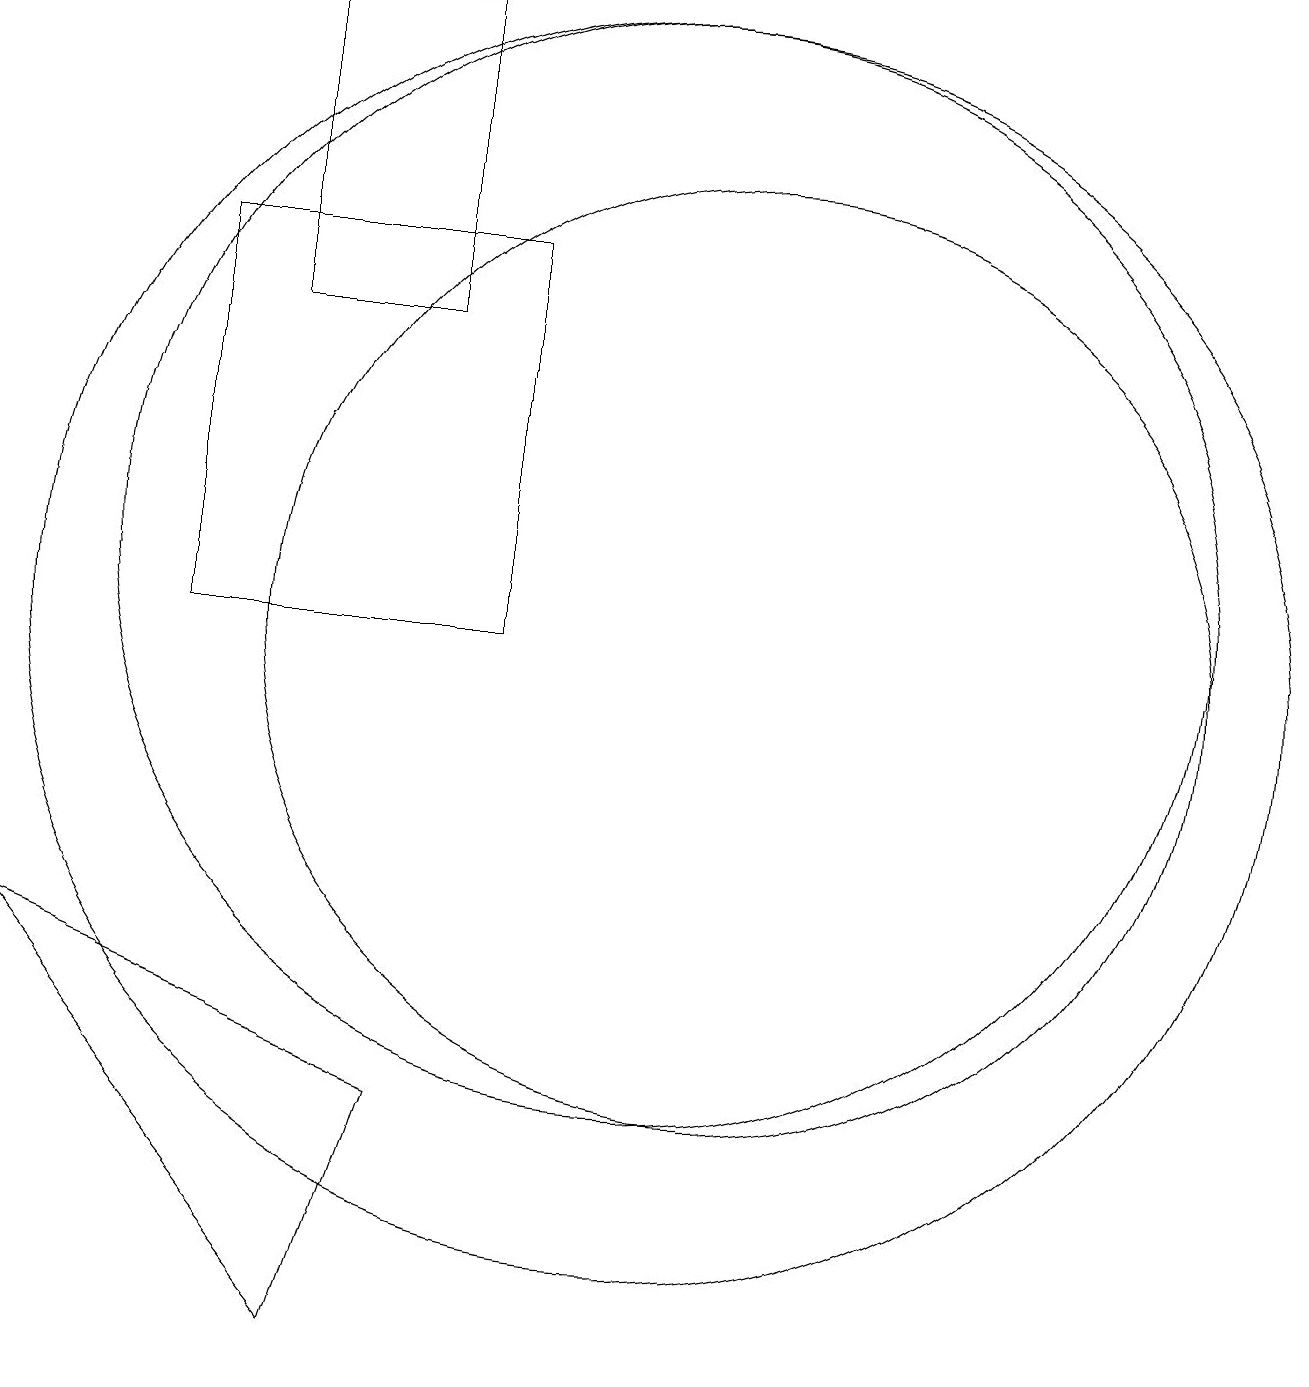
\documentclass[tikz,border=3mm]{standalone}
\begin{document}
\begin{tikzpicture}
\draw (11,10) circle (6);
\draw (4,10) rectangle (8,15);
\draw (2,6) -- (6,1) -- (7,4) -- cycle;
\draw (10,11) circle (7);
\draw (5,14) rectangle (7,18);
\draw (10,10) circle (8);
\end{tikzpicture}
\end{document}